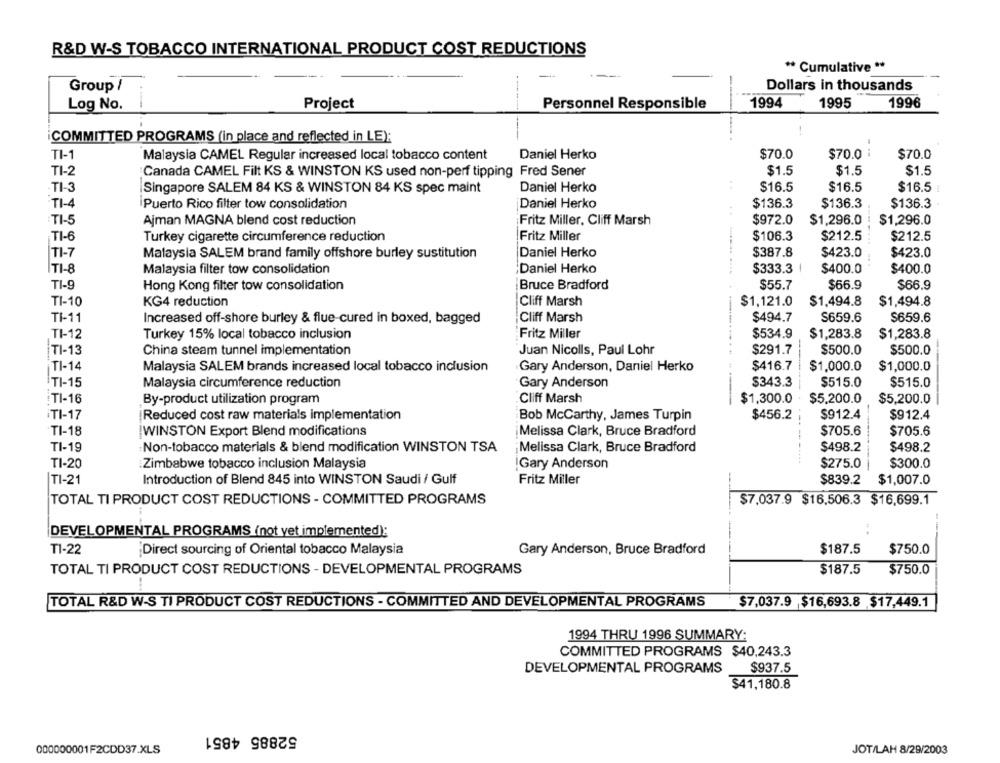
R&D W-S TOBACCO INTERNATIONAL PRODUCT COST REDUCTIONS
** Cumulative **
Group /
Dollars in thousands
Log No.
Project
Personnel Responsible
1994
1995
1996
COMMITTED PROGRAMS (in place and reflected in LE):
TI-1
Malaysia CAMEL Regular increased local tobacco content
Daniel Herko
$70.0
$70.0
$70.0
TI-2
Canada CAMEL Filt KS & WINSTON KS used non-perf tipping Fred Sener
$1.5
$1.5
$1.5
TI-
Singapore SALEM 84 KS & WINSTON 84 KS spec maint
Daniel Herko
$16.5
$16.5
$16.5
TI-4
Puerto Rico filter tow consolidation
Daniel Herko
$136.3
$136.3
$136.3
TI-5
Ajman MAGNA blend cost reduction
Fritz Miller, Cliff Marsh
$972.0
$1,296.0
$1,296.0
Fritz Miller
$106.3
$212.5
$212.5
TI-6
Turkey cigarette circumference reduction
$387.8
$423.0
TI-7
Malaysia SALEM brand family offshore burley sustitution
Daniel Herko
$423.0
TI-8
Malaysia filter tow consolidation
Daniel Herko
$333.3 |
$400.0
$400.0
TI-9
Hong Kong filter tow consolidation
Bruce Bradford
$55.7
$66.9
$66.9
TI-10
KG4 reduction
Cliff Marsh
$1,121.0
$1,494.8
$1,494.8
TI-11
Increased off-shore burley & flue-cured in boxed, bagged
Cliff Marsh
$494.7
S659.6
$659.6
TI-12
Turkey 15% local tobacco inclusion
Fritz Miller
$534.9
$1,283.8
$1,283.8
TI-13
China steam tunnel implementation
Juan Nicolls, Paul Lohr
$291.7
$500.0
$500.0
TI-14
$416.7 |
$1,000.0
$1,000.0
Malaysia SALEM brands increased local tobacco inclusion
Gary Anderson, Daniel Herko
TI-15
Malaysia circumference reduction
Gary Anderson
$343.3
$515.0
$515.0
Cliff Marsh
TI-16
By-product utilization program
$1,300.0
$5,200.0
$5,200.0
İTI-17
Reduced cost raw materials implementation
Bob McCarthy, James Turpin
$456.2
$912.4
$912.4
TI-18
WINSTON Export Blend modifications
Melissa Clark, Bruce Bradford
$705.6
$705.6
TI-19
Non-tobacco materials & blend modification WINSTON TSA
¡Melissa Clark, Bruce Bradford
$498.2
$498.2
TI-20
:Zimbabwe tobacco inclusion Malaysia
Gary Anderson
$275.0
$300.0
Introduction of Blend 845 into WINSTON Saudi / Gulf
Fritz Miller
$839.2
$1,007.0
TI-21
TOTAL TI PRODUCT COST REDUCTIONS - COMMITTED PROGRAMS
$7.037.9 $16,506.3 $16,699.1
DEVELOPMENTAL PROGRAMS (not yet implemented):
$187.5
$750.0
T1-22
¡Direct sourcing of Oriental tobacco Malaysia
Gary Anderson, Bruce Bradford
TOTAL TI PRODUCT COST REDUCTIONS - DEVELOPMENTAL PROGRAMS
$187.5
$750.0
--
TOTAL R&D W-S TI PRODUCT COST REDUCTIONS - COMMITTED AND DEVELOPMENTAL PROGRAMS
$7,037.9 $16,693.8 $17,449.1
1994 THRU 1996 SUMMARY:
COMMITTED PROGRAMS $40,243.3
DEVELOPMENTAL PROGRAMS
$937.5
$41,180.8
52885 4851
000000001F2CDD37.XLS
JOT/LAH 8/29/2003